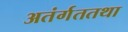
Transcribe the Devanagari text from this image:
अतंर्गततथा